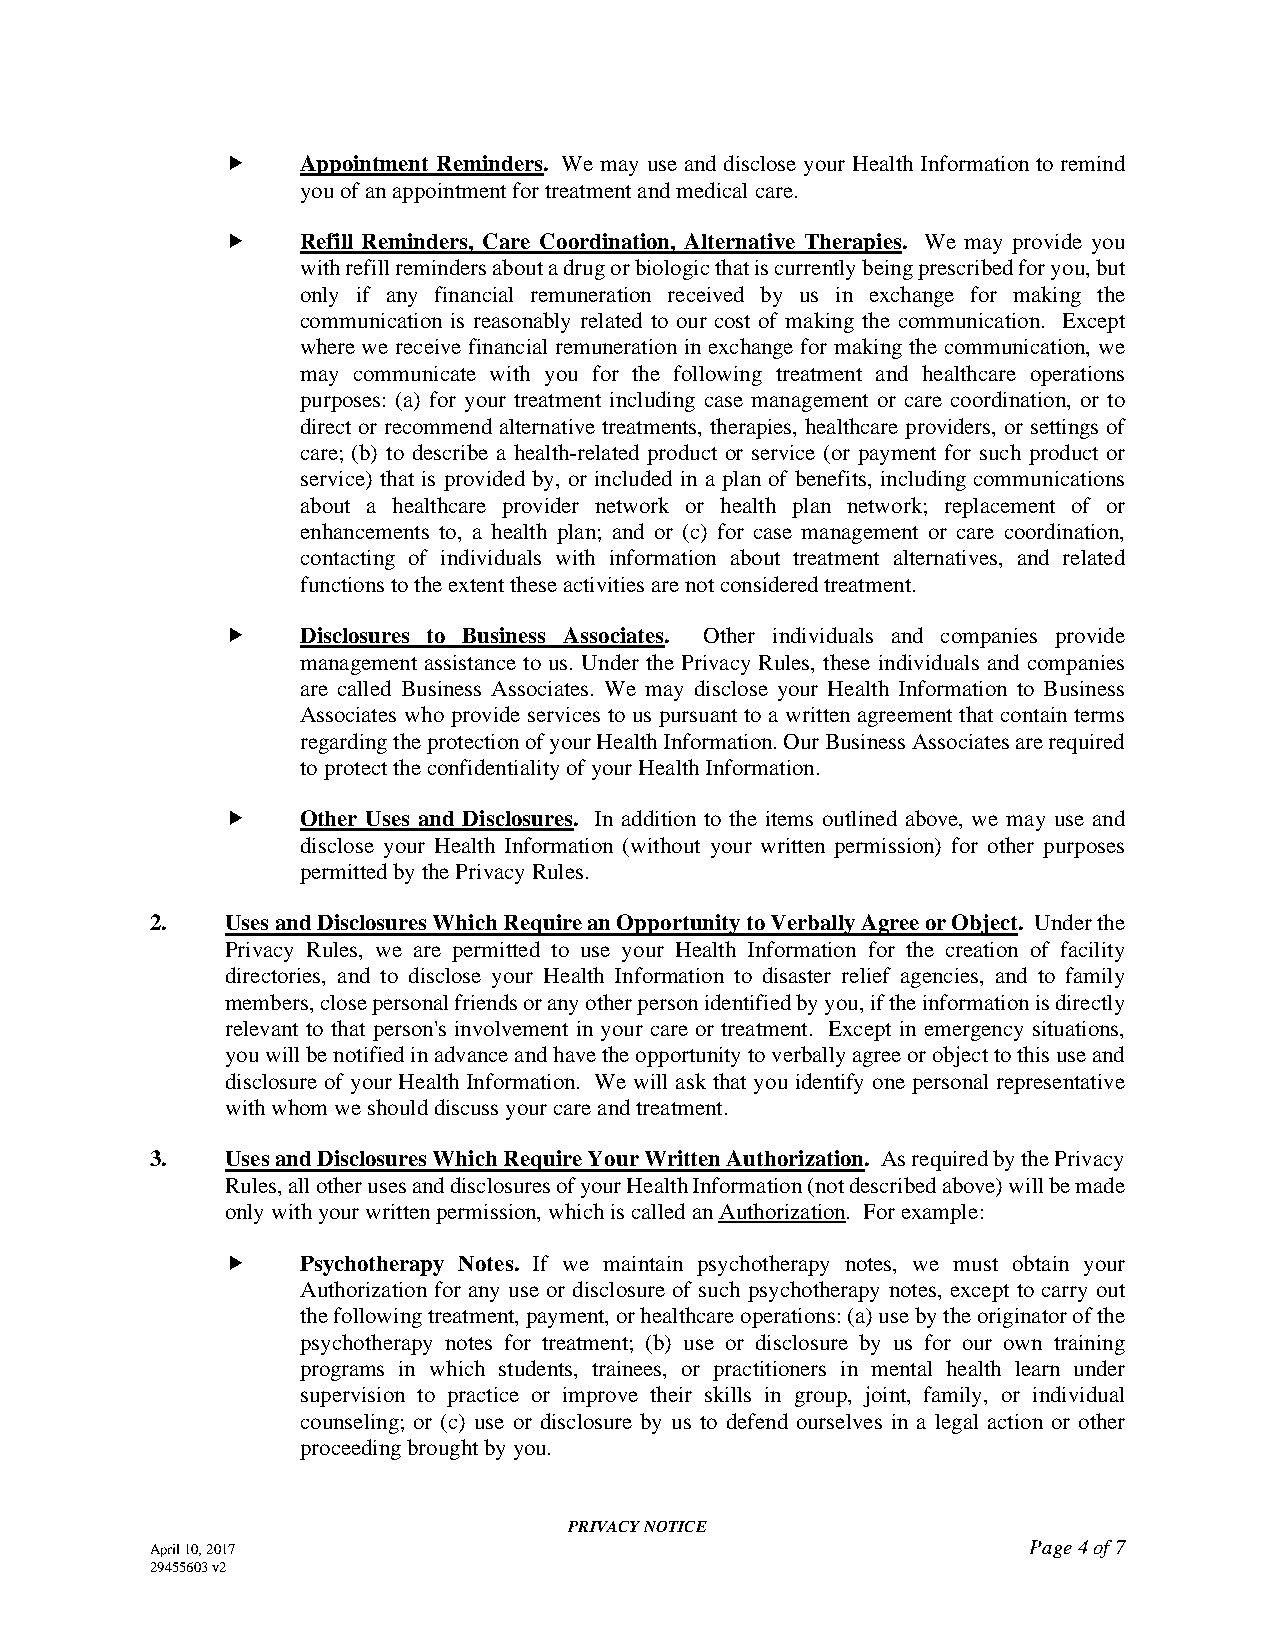
    Appointment Reminders. We may use and disclose your Health Information to remind
 you of an appointment for treatment and medical care.
     Refill Reminders, Care Coordination, Alternative Therapies. We may provide you
 with refill reminders about a drug or biologic that is currently being prescribed for you, but
 only if any financial remuneration received by us in exchange for making the
 communication is reasonably related to our cost of making the communication. Except
 where we receive financial remuneration in exchange for making the communication, we
 may communicate with you for the following treatment and healthcare operations
 purposes: (a) for your treatment including case management or care coordination, or to
 direct or recommend alternative treatments, therapies, healthcare providers, or settings of
 care; (b) to describe a health-related product or service (or payment for such product or
 service) that is provided by, or included in a plan of benefits, including communications
 about a healthcare provider network or health plan network; replacement of or
 enhancements to, a health plan; and or (c) for case management or care coordination,
 contacting of individuals with information about treatment alternatives, and related
 functions to the extent these activities are not considered treatment.
     Disclosures to Business Associates. Other individuals and companies provide
 management assistance to us. Under the Privacy Rules, these individuals and companies
 are called Business Associates. We may disclose your Health Information to Business
 Associates who provide services to us pursuant to a written agreement that contain terms
 regarding the protection of your Health Information. Our Business Associates are required
 to protect the confidentiality of your Health Information.
     Other Uses and Disclosures. In addition to the items outlined above, we may use and
 disclose your Health Information (without your written permission) for other purposes
 permitted by the Privacy Rules.
 2.   Uses and Disclosures Which Require an Opportunity to Verbally Agree or Object. Under the
 Privacy Rules, we are permitted to use your Health Information for the creation of facility
 directories, and to disclose your Health Information to disaster relief agencies, and to family
 members, close personal friends or any other person identified by you, if the information is directly
 relevant to that person's involvement in your care or treatment. Except in emergency situations,
 you will be notified in advance and have the opportunity to verbally agree or object to this use and
 disclosure of your Health Information. We will ask that you identify one personal representative
 with whom we should discuss your care and treatment.
 3.   Uses and Disclosures Which Require Your Written Authorization. As required by the Privacy
 Rules, all other uses and disclosures of your Health Information (not described above) will be made
 only with your written permission, which is called an Authorization. For example:
     Psychotherapy Notes. If we maintain psychotherapy notes, we must obtain your
 Authorization for any use or disclosure of such psychotherapy notes, except to carry out
 the following treatment, payment, or healthcare operations: (a) use by the originator of the
 psychotherapy notes for treatment; (b) use or disclosure by us for our own training
 programs in which students, trainees, or practitioners in mental health learn under
 supervision to practice or improve their skills in group, joint, family, or individual
 counseling; or (c) use or disclosure by us to defend ourselves in a legal action or other
 proceeding brought by you.
 PRIVACY NOTICE
 April 10, 2017                                            Page 4 of 7
 29455603 v2